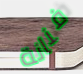
فنانة